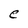
Character: e